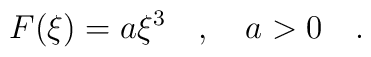
F(\xi)=a\xi^3\ \ \ ,\ \ \ a>0\ \ \ .